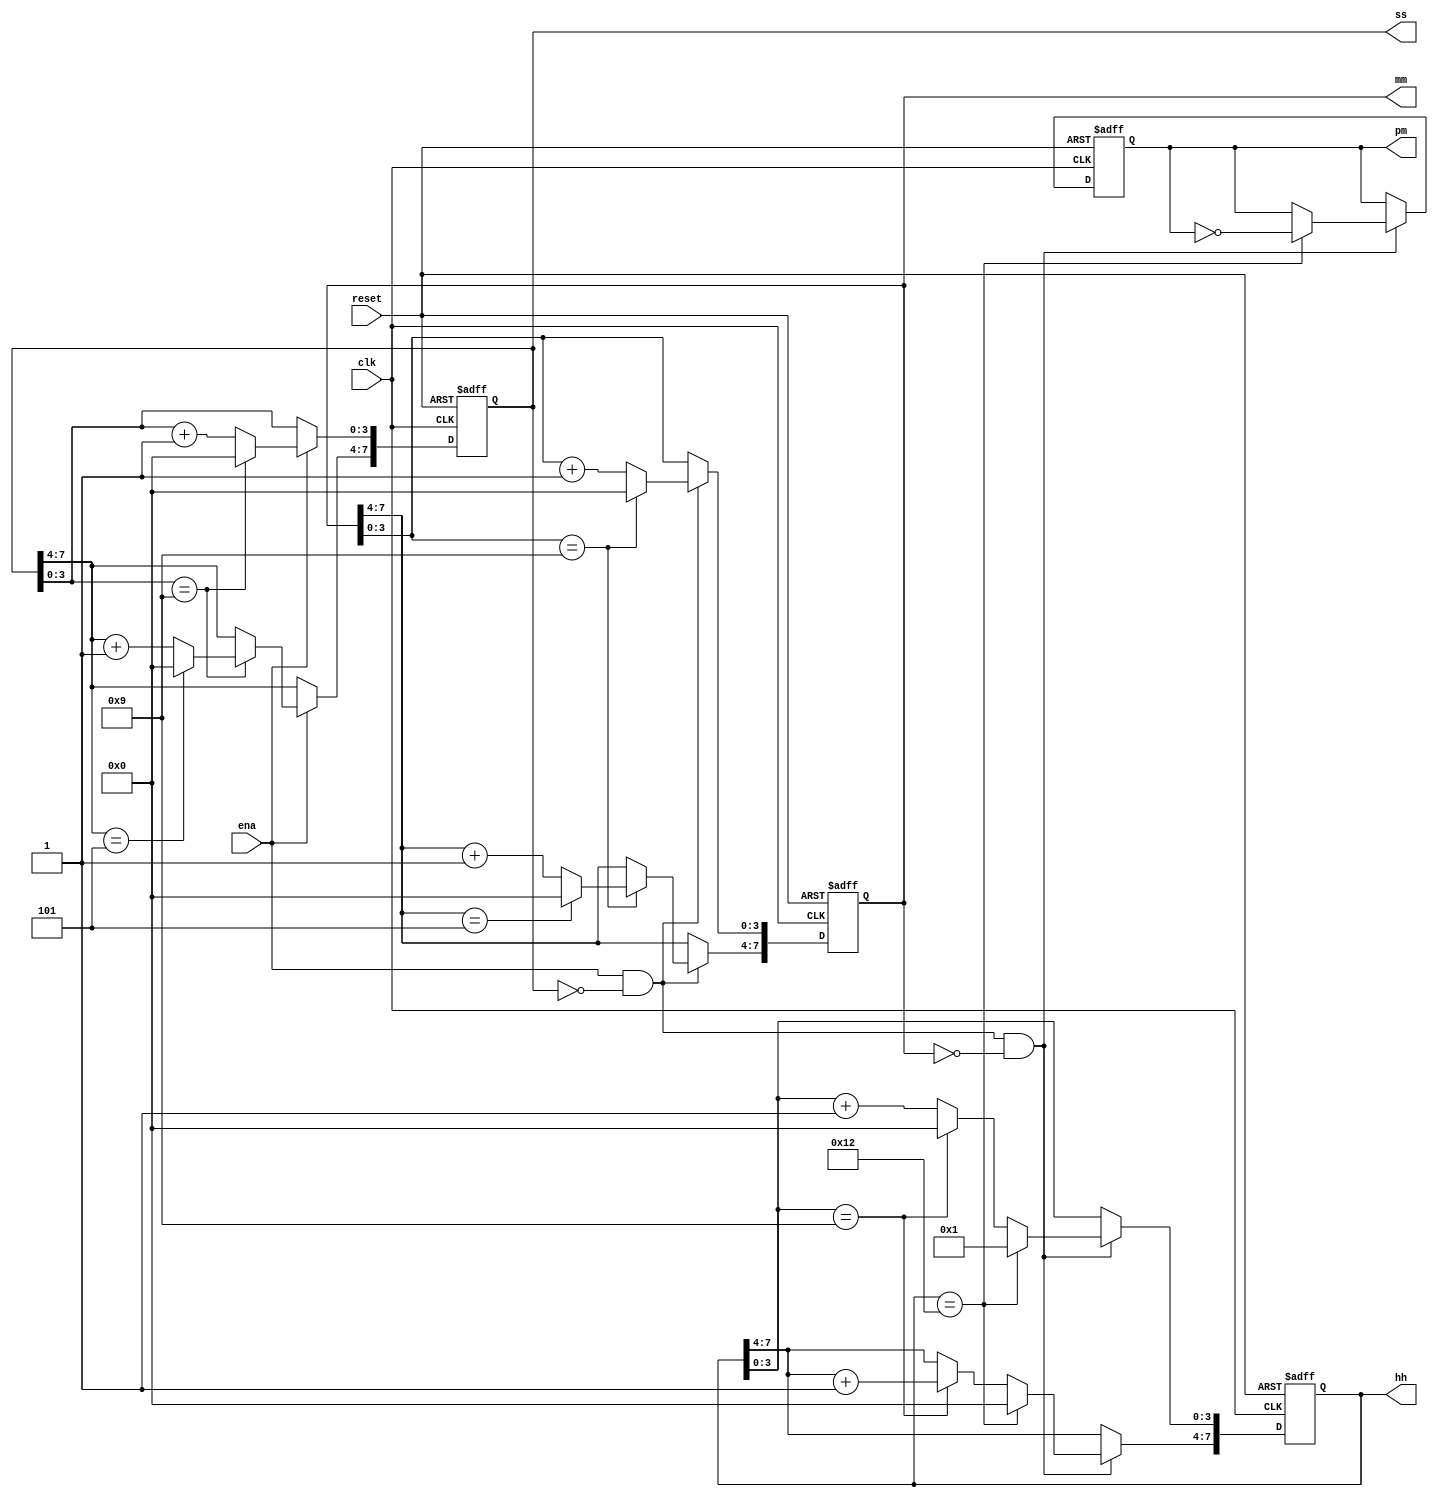
module top_module(
    input clk,
    input reset,
    input ena,
    output reg pm,
    output reg [7:0] hh,
    output reg [7:0] mm,
    output reg [7:0] ss
);

    // Counting logic for seconds
    always @(posedge clk or posedge reset) begin
        if (reset) begin
            ss <= 8'b00000000; // Initialize seconds to 00
        end else if (ena) begin
            if (ss[3:0] == 4'b1001) begin
                ss[3:0] <= 4'b0000;
                if (ss[7:4] == 4'b0101) begin
                    ss[7:4] <= 4'b0000;
                end else begin
                    ss[7:4] <= ss[7:4] + 1;
                end
            end else begin
                ss[3:0] <= ss[3:0] + 1;
            end
        end
    end

    // Counting logic for minutes
    always @(posedge clk or posedge reset) begin
        if (reset) begin
            mm <= 8'b00000000; // Initialize minutes to 00
        end else if (ena && ss == 8'b00000000) begin
            if (mm[3:0] == 4'b1001) begin
                mm[3:0] <= 4'b0000;
                if (mm[7:4] == 4'b0101) begin
                    mm[7:4] <= 4'b0000;
                end else begin
                    mm[7:4] <= mm[7:4] + 1;
                end
            end else begin
                mm[3:0] <= mm[3:0] + 1;
            end
        end
    end

    // Counting logic for hours and AM/PM
    always @(posedge clk or posedge reset) begin
        if (reset) begin
            hh <= 8'b00010010; // Initialize hours to 12
            pm <= 1'b0;        // Initialize to AM
        end else if (ena && ss == 8'b00000000 && mm == 8'b00000000) begin
            if (hh == 8'b00010010) begin // Special case for 12
                if (pm) begin
                    hh <= 8'b00000001;
                end else begin
                    hh <= 8'b00000001;
                end
                pm <= ~pm; // Toggle AM/PM
            end else if (hh[3:0] == 4'b1001) begin
                hh[3:0] <= 4'b0000;
                hh[7:4] <= hh[7:4] + 1;
            end else begin
                hh[3:0] <= hh[3:0] + 1;
            end
        end
    end

endmodule